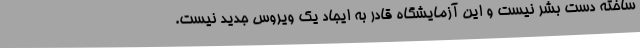
ساخته دست بشر نیست و این آزمایشگاه قادر به ایجاد یک ویروس جدید نیست.